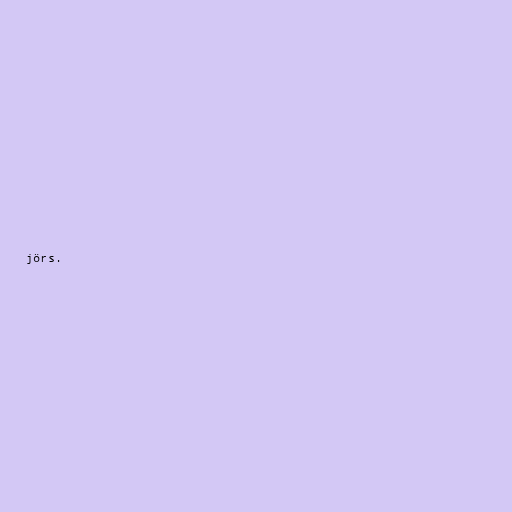
jörs.